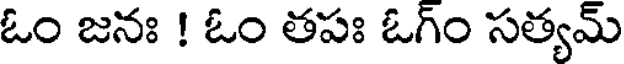
ఓం జనః ! ఓం తపః ఓగ్ం సత్యమ్